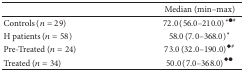
|  | Median (min–max) |
 | --- | --- |
 | Controls (n = 29) | 72.0(56.0–210.0)∗●# |
 | H patients (n = 58) | 58.0(7.0–368.0)∗ |
 | Pre-Treated (n = 24) | 73.0(32.0–190.0)◆# |
 | Treated (n = 34) | 50.0(7.0–368.0)◆● |